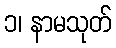
၁၊ နာမသုတ်